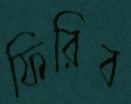
ফিরিব